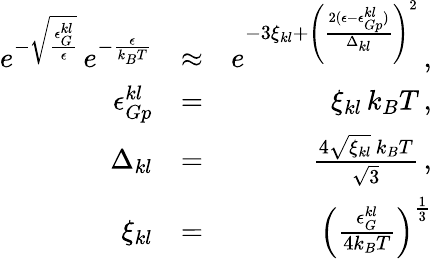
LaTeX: \begin{array}{rlr}{e^{-\sqrt{\frac{\epsilon_{G}^{kl}}{\epsilon}}}\, e^{-\frac{\epsilon}{k_{B}T}}}&{\approx}&{e^{-3\xi_{kl}+\left(\frac{2(\epsilon-\epsilon_{Gp}^{kl})}{\Delta_{kl}}\right)^{2}}\, ,}\\ {\epsilon_{Gp}^{kl}}&{=}&{\xi_{kl}\, k_{B}T\, ,}\\ {\Delta_{kl}}&{=}&{\frac{4\sqrt{\xi_{kl}}\, k_{B}T}{\sqrt{3}}\, ,}\\ {\xi_{kl}}&{=}&{\left(\frac{\epsilon_{G}^{kl}}{4k_{B}T}\right)^{\frac{1}{3}}}\end{array}